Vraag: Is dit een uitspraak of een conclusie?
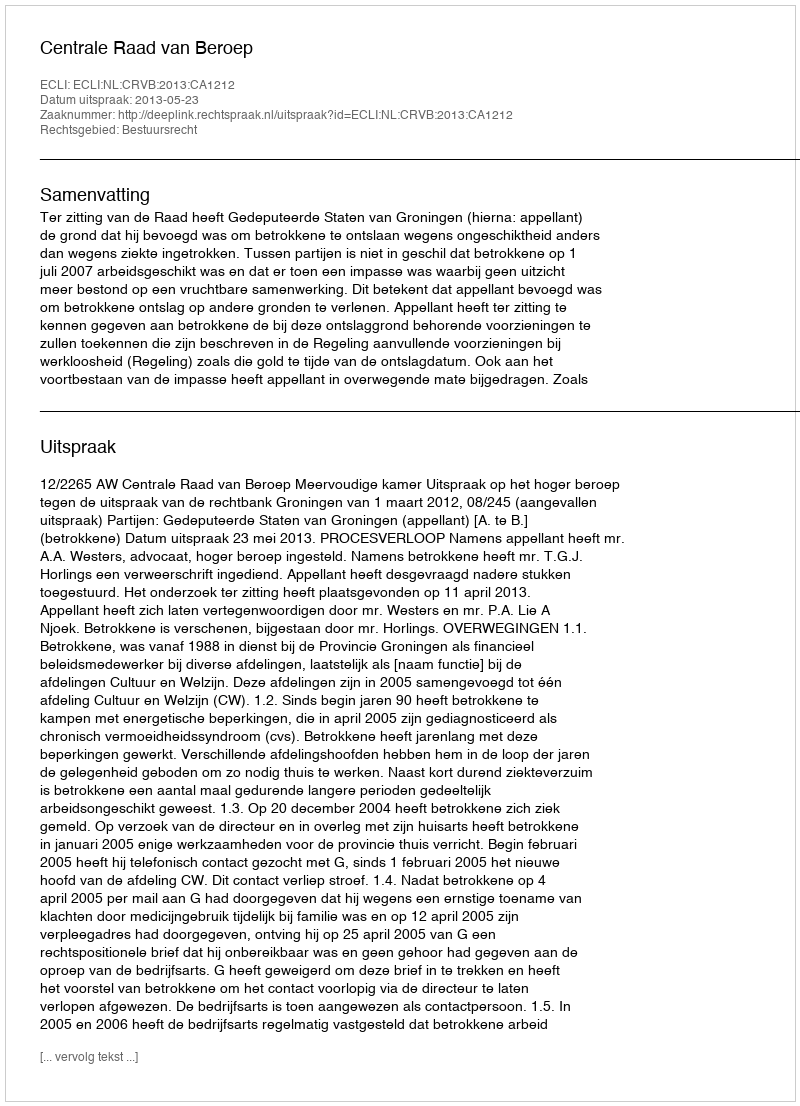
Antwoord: Uitspraak